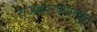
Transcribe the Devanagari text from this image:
राजकारणामधुन